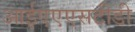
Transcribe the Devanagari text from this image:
आईएएएसटीडी